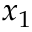
x _ { 1 }